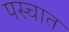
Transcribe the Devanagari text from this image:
पस्चात